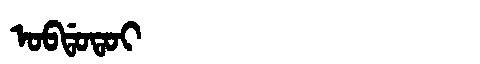
Manchu: ᠣᠪᡩᠣᡨᠣᡳ
Romanization: OBDOTOI